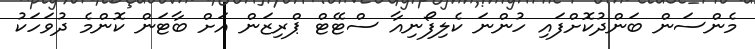
މެންސަން ބަންދުކޮށްފައި ހުންނަ ކެލިފޯނިއާ ސްޓޭޓް ޕްރިޒަން އަށް ބާޓަން ކޮންމެ ދުވަހަކު